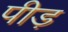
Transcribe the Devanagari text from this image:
पीड़